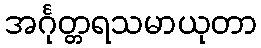
အင်္ဂုတ္တရသမာယုတာ